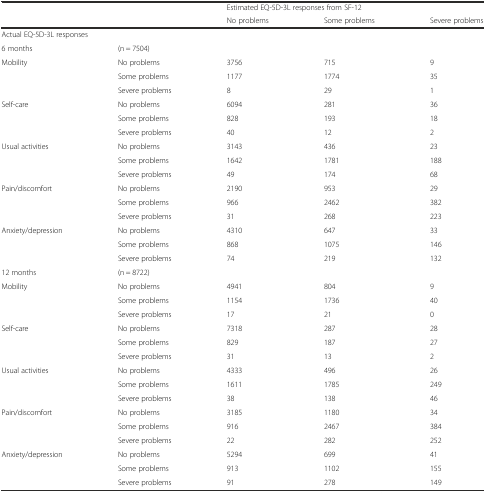
<table><thead><tr><td></td><td></td><td colspan="3"><b>Estimated EQ-5D-3L responses from SF-12</b></td></tr><tr><td></td><td></td><td><b>No problems</b></td><td><b>Some problems</b></td><td><b>Severe problems</b></td></tr></thead><tbody><tr><td colspan="2">Actual EQ-5D-3L responses</td><td></td><td></td><td></td></tr><tr><td>6 months</td><td>(n = 7504)</td><td></td><td></td><td></td></tr><tr><td>Mobility</td><td>No problems</td><td>3756</td><td>715</td><td>9</td></tr><tr><td></td><td>Some problems</td><td>1177</td><td>1774</td><td>35</td></tr><tr><td></td><td>Severe problems</td><td>8</td><td>29</td><td>1</td></tr><tr><td>Self-care</td><td>No problems</td><td>6094</td><td>281</td><td>36</td></tr><tr><td></td><td>Some problems</td><td>828</td><td>193</td><td>18</td></tr><tr><td></td><td>Severe problems</td><td>40</td><td>12</td><td>2</td></tr><tr><td>Usual activities</td><td>No problems</td><td>3143</td><td>436</td><td>23</td></tr><tr><td></td><td>Some problems</td><td>1642</td><td>1781</td><td>188</td></tr><tr><td></td><td>Severe problems</td><td>49</td><td>174</td><td>68</td></tr><tr><td>Pain/discomfort</td><td>No problems</td><td>2190</td><td>953</td><td>29</td></tr><tr><td></td><td>Some problems</td><td>966</td><td>2462</td><td>382</td></tr><tr><td></td><td>Severe problems</td><td>31</td><td>268</td><td>223</td></tr><tr><td>Anxiety/depression</td><td>No problems</td><td>4310</td><td>647</td><td>33</td></tr><tr><td></td><td>Some problems</td><td>868</td><td>1075</td><td>146</td></tr><tr><td></td><td>Severe problems</td><td>74</td><td>219</td><td>132</td></tr><tr><td>12 months</td><td>(n = 8722)</td><td></td><td></td><td></td></tr><tr><td>Mobility</td><td>No problems</td><td>4941</td><td>804</td><td>9</td></tr><tr><td></td><td>Some problems</td><td>1154</td><td>1736</td><td>40</td></tr><tr><td></td><td>Severe problems</td><td>17</td><td>21</td><td>0</td></tr><tr><td>Self-care</td><td>No problems</td><td>7318</td><td>287</td><td>28</td></tr><tr><td></td><td>Some problems</td><td>829</td><td>187</td><td>27</td></tr><tr><td></td><td>Severe problems</td><td>31</td><td>13</td><td>2</td></tr><tr><td>Usual activities</td><td>No problems</td><td>4333</td><td>496</td><td>26</td></tr><tr><td></td><td>Some problems</td><td>1611</td><td>1785</td><td>249</td></tr><tr><td></td><td>Severe problems</td><td>38</td><td>138</td><td>46</td></tr><tr><td>Pain/discomfort</td><td>No problems</td><td>3185</td><td>1180</td><td>34</td></tr><tr><td></td><td>Some problems</td><td>916</td><td>2467</td><td>384</td></tr><tr><td></td><td>Severe problems</td><td>22</td><td>282</td><td>252</td></tr><tr><td>Anxiety/depression</td><td>No problems</td><td>5294</td><td>699</td><td>41</td></tr><tr><td></td><td>Some problems</td><td>913</td><td>1102</td><td>155</td></tr><tr><td></td><td>Severe problems</td><td>91</td><td>278</td><td>149</td></tr></tbody></table>